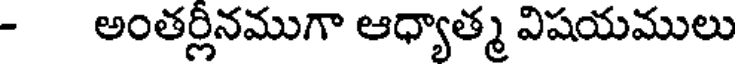
- అంతర్లీనముగా ఆధ్యాత్మ విషయములు